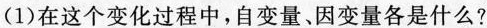
(1)在这个变化过程中，自变量、因变量各是什么?